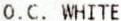
O.C. WHITE